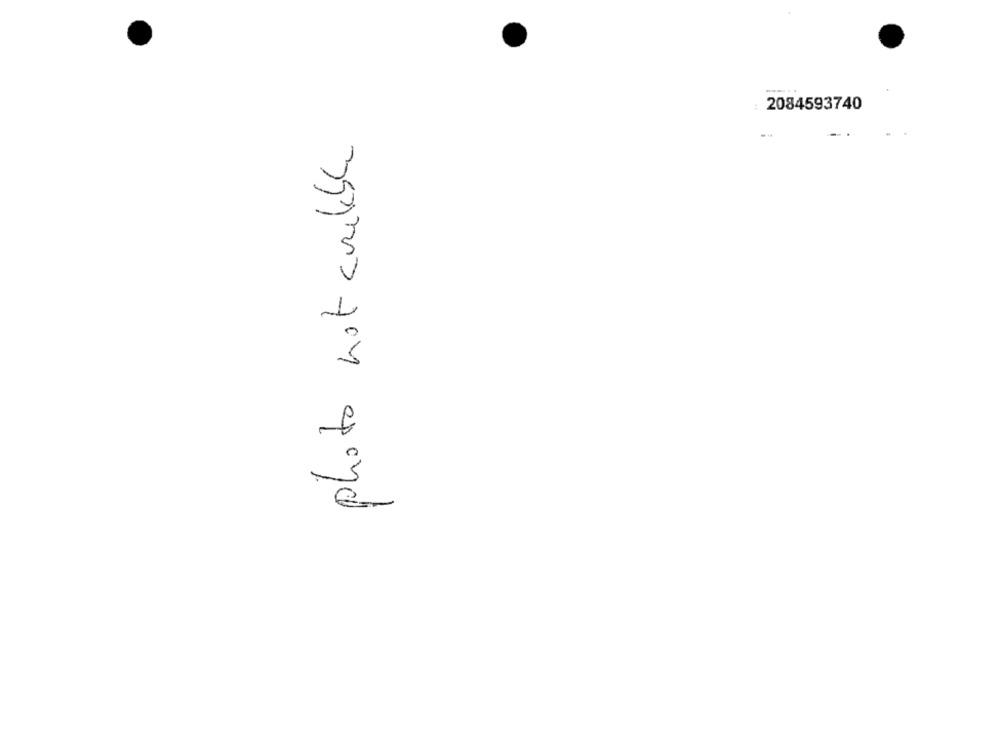
2084593740
photo not cualable